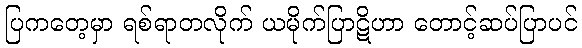
ပြကတေ့မှာ ရစ်ရာတလိုက် ယမိုက်ပြာဋိဟာ တောင့်ဆပ်ပြာပင်